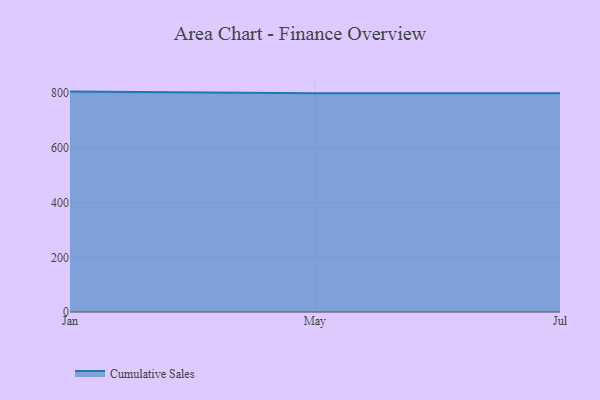
{"axis": {"x": "Month", "y": "Shipments"}, "legend": ["Cumulative Sales"], "data": [{"x": "Jan", "y": 806.0, "type": "Cumulative Sales"}, {"x": "May", "y": 800, "type": "Cumulative Sales"}, {"x": "Jul", "y": 800, "type": "Cumulative Sales"}]}